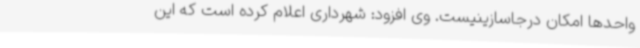
واحدها امکان درجاسازینیست. وی افزود: شهرداری اعلام کرده است که این